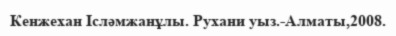
Кенжехан Ісләмжанұлы. Рухани уыз.-Алматы,2008.